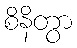
စိနိတွာ